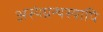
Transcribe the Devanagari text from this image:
अस्यंग्रन्थस्यापि